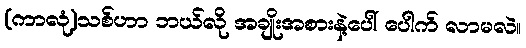
(ကာလုံ)သစ်ဟာ ဘယ်လို အချိုးအစားနဲ့ပေါ် ပေါက် လာမလဲ။